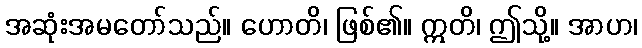
အဆုံးအမတော်သည်။ ဟောတိ၊ ဖြစ်၏။ ဣတိ၊ ဤသို့။ အာဟ၊